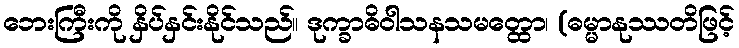
ဘေးကြီးကို နှိပ်နှင်းနိုင်သည်။ ဒုက္ခာဓိဝါသနသမတ္ထော၊ (ဓမ္မာနုဿတိဖြင့်